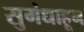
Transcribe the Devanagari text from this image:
सुगंधाहून